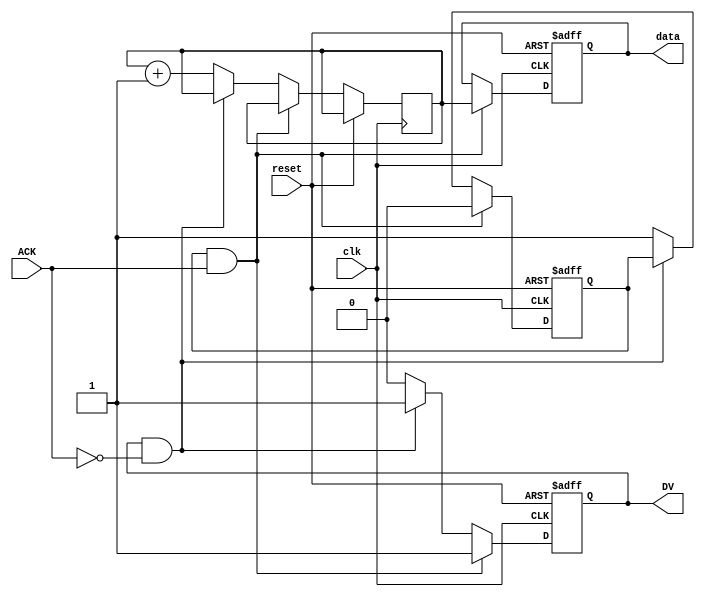
module producer (
    input wire clk,          // Clock for internal operations (not for handshake)
    input wire reset,        // Reset signal
    output reg [7:0] data,   // Data output to consumer
    output reg DV,           // Data Valid signal
    input wire ACK           // Acknowledgment signal from consumer
);
    reg [7:0] next_data;     // Next data to be sent
    reg data_ready;          // Flag to indicate data is ready to send

    always @(posedge clk or posedge reset) begin
        if (reset) begin
            data <= 8'b0;
            DV <= 1'b0;
            data_ready <= 1'b0;
        end else begin
            if (data_ready && ACK) begin
                // Acknowledge received, prepare next data
                data <= next_data;
                DV <= 1'b1; // Assert Data Valid
                data_ready <= 1'b0; // Clear data ready flag
            end else if (DV && !ACK) begin
                // Wait for ACK before sending new data
                DV <= 1'b1; // Keep DV asserted
            end else begin
                // Prepare next data and set data_ready flag
                next_data <= next_data + 1; // Example data generation
                data_ready <= 1'b1; // Indicate data is ready
                DV <= 1'b0; // Deassert DV until next valid data
            end
        end
    end
endmodule